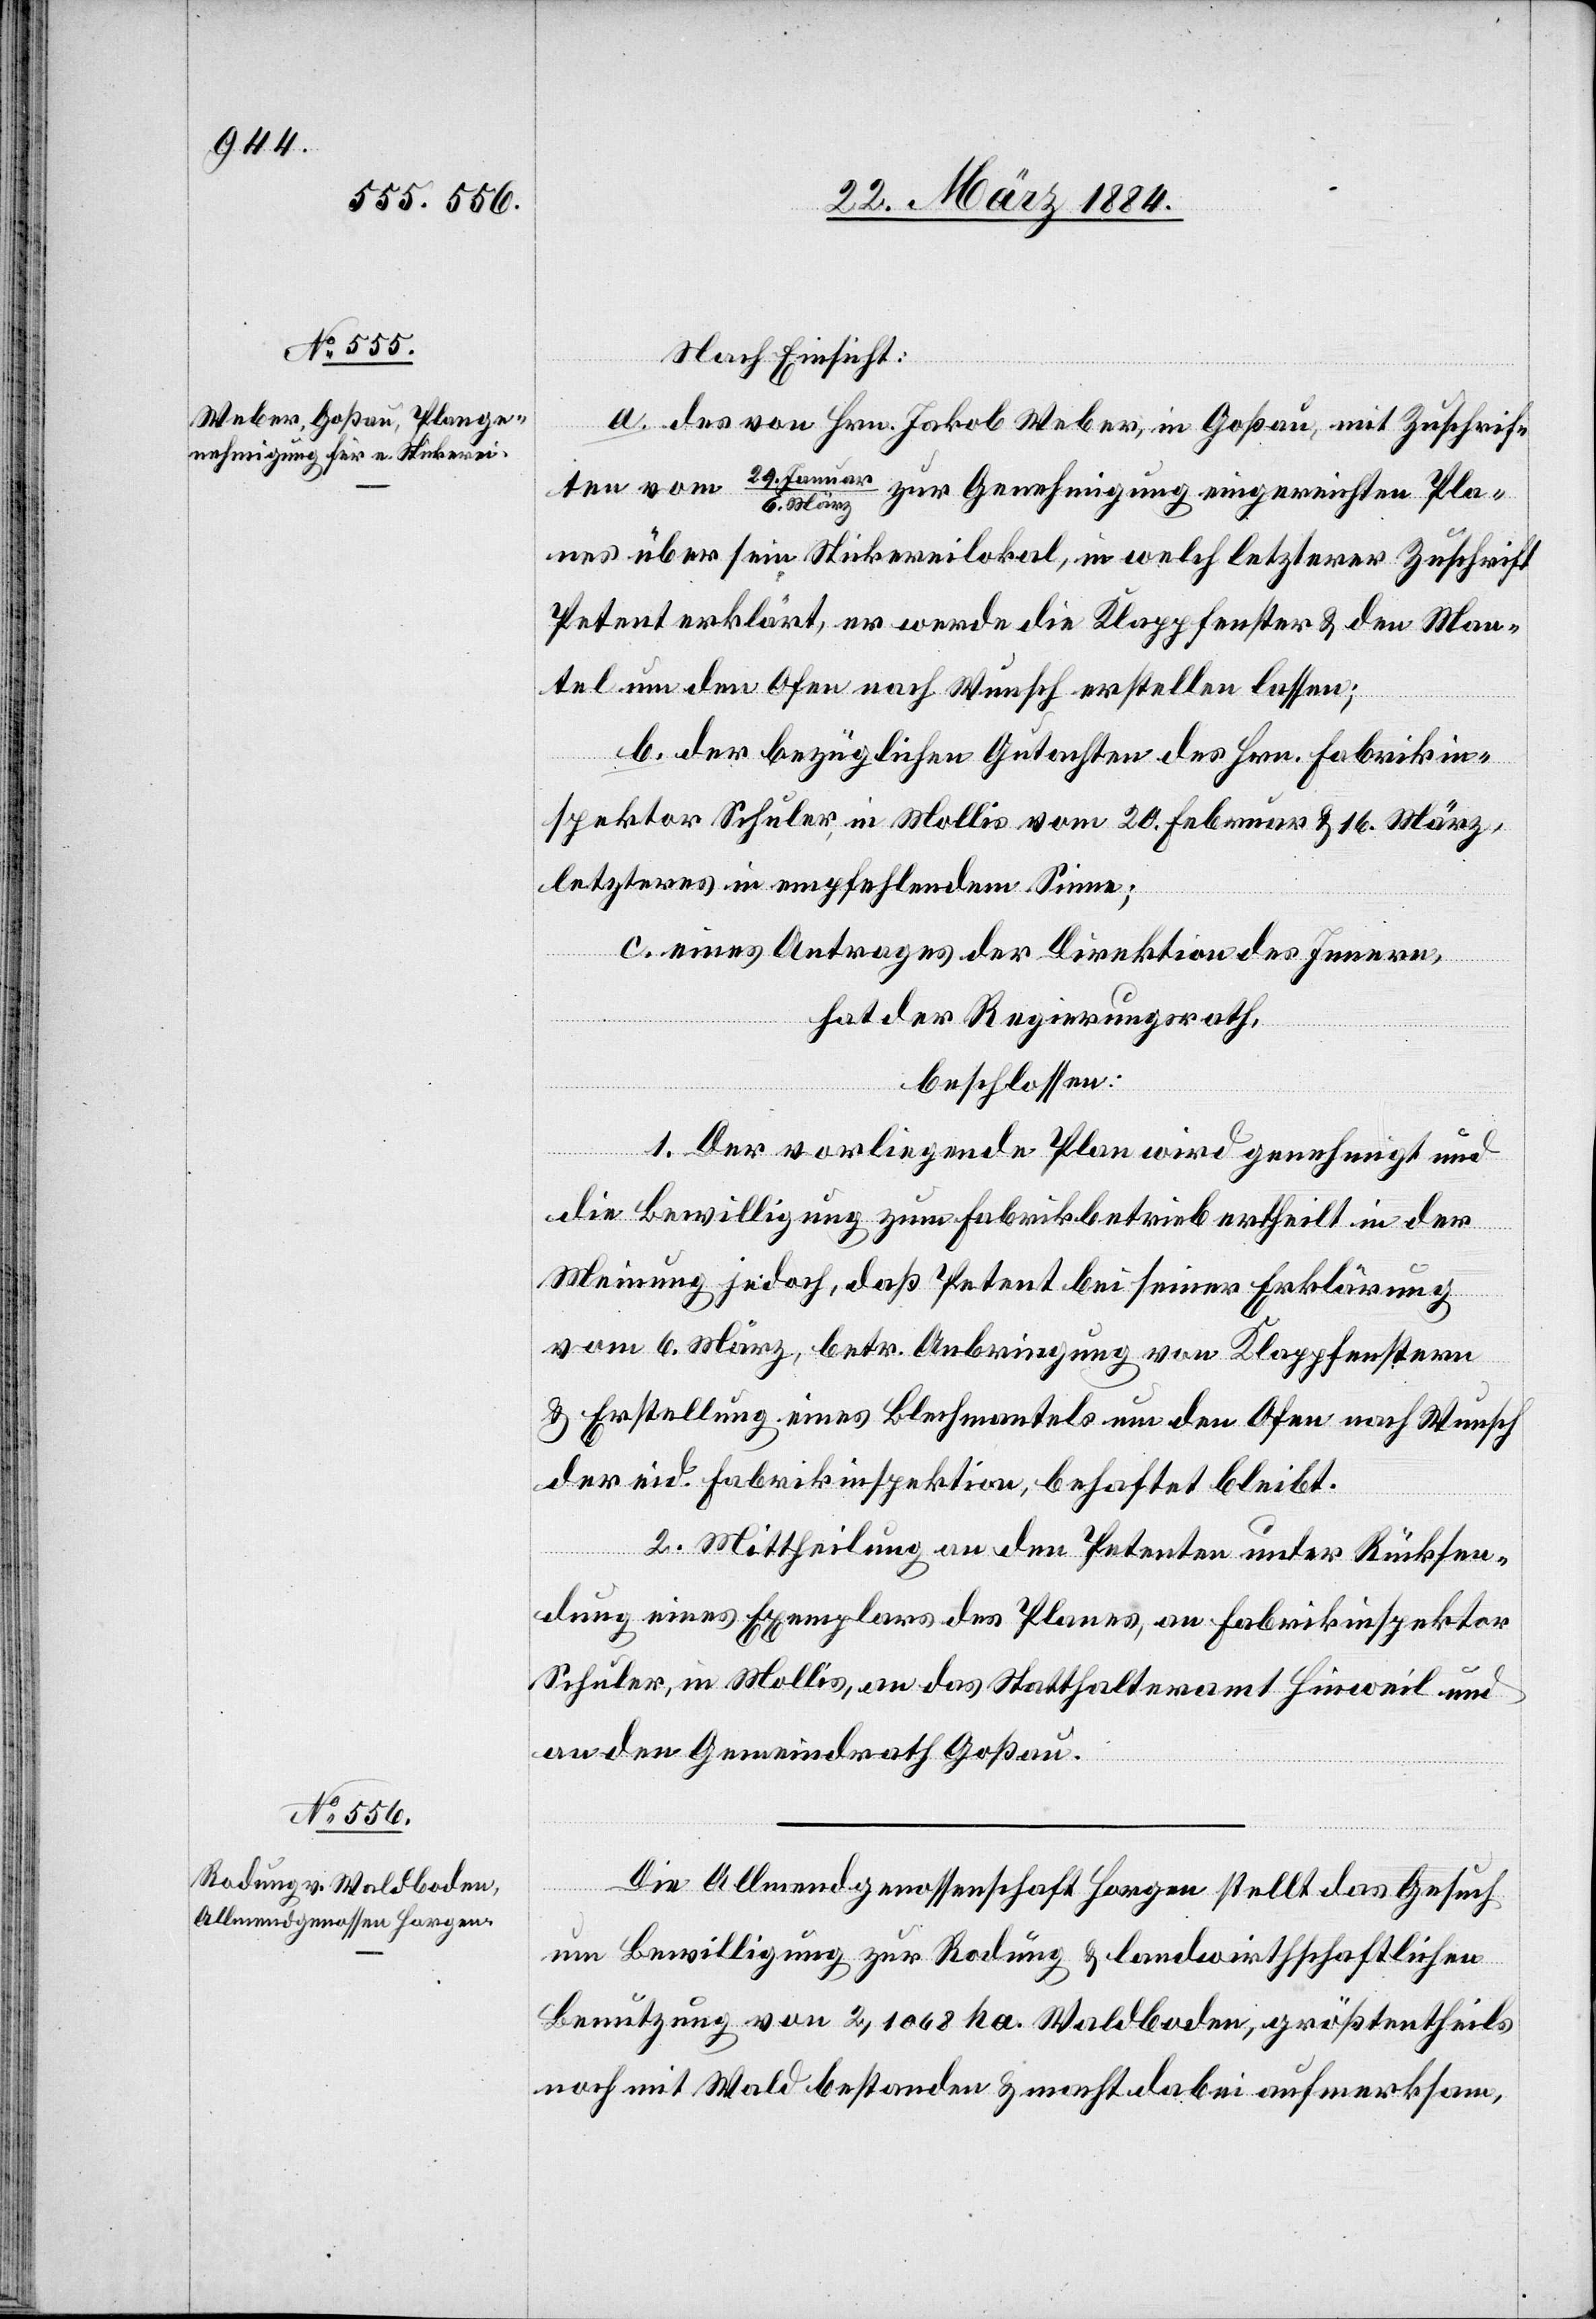
Nach Einsicht:
a. des von Hrn. Jakob Weber, in Goßau, mit Zuschrift
nes über sein Stickereilokal, in welch letzterer Zuschrift
Petent erklärt, er werde die Klappfenster & den Man¬
tel um den Ofen nach Wunsch erstellen lassen;
b. der bezüglichen Gutachten des Hrn. Fabrikin¬
spektor Schuler, in Mollis vom 20. Februar & 16. März,
letzteres im empfehlendem Sinne;
c. eines Antrages der Direktion des Innern,
hat der Regierungsrath,
beschlossen:
1. Der vorliegende Plan wird genehmigt und
die Bewilligung zum Fabrikbetrieb ertheilt in der
Meinung jedoch, daß Petent bei seiner Erklärung
vom 6. März, betr. Anbringung von Klappfenstern
& Erstellung eines Blechmantels um den Ofen nach Wunsch
der eid. Fabrikinspektion, behaftet bleibt.
2. Mittheilung an den Petenten unter Rücksen¬
dung eines Exemplars des Planes, an Fabrikinspektor
Schuler, in Mollis, an das Statthalteramt Hinweil und
an den Gemeindrath Goßau.
Pla¬
Die Allmendgenossenschaft Horgen stellt das Gesuch
um Bewilligung zur Rodung & landwirtschaftlichen
Benutzung von 2,1068 ha Waldboden, größtentheils
noch mit Waldbeständen & macht dabei [darauf] aufmerksam,